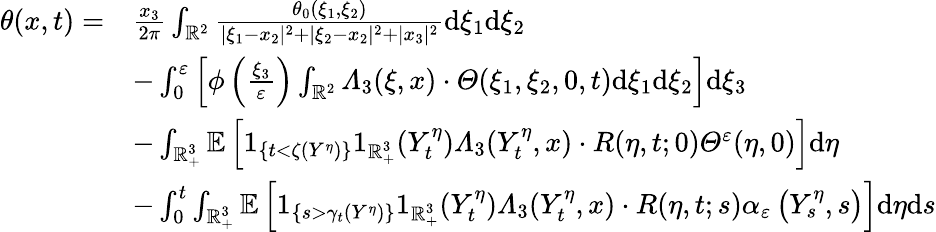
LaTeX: \begin{array}{rl}{\theta(x,t)=}&{\frac{x_{3}}{2\pi}\int_{\mathbb{R}^{2}}\frac{\theta_{0}(\xi_{1},\xi_{2})}{|\xi_{1}-x_{2}|^{2}+|\xi_{2}-x_{2}|^{2}+|x_{3}|^{2}}\mathrm{d}\xi_{1}\mathrm{d}\xi_{2}}\\ &{-\int_{0}^{\varepsilon}\left[\phi\left(\frac{\xi_{3}}{\varepsilon}\right)\int_{\mathbb{R}^{2}}\varLambda_{3}(\xi,x)\cdot\varTheta(\xi_{1},\xi_{2},0,t)\mathrm{d}\xi_{1}\mathrm{d}\xi_{2}\right]\mathrm{d}\xi_{3}}\\ &{-\int_{\mathbb{R}_{+}^{3}}\mathbb{E}\left[1_{\{ t<\zeta(Y^{\eta})\} }1_{\mathbb{R}_{+}^{3}}(Y_{t}^{\eta})\varLambda_{3}(Y_{t}^{\eta},x)\cdot R(\eta,t;0)\varTheta^{\varepsilon}(\eta,0)\right]\mathrm{d}\eta}\\ &{-\int_{0}^{t}\int_{\mathbb{R}_{+}^{3}}\mathbb{E}\left[1_{\left\{ s>\gamma_{t}(Y^{\eta})\right\} }1_{\mathbb{R}_{+}^{3}}(Y_{t}^{\eta})\varLambda_{3}(Y_{t}^{\eta},x)\cdot R(\eta,t;s)\alpha_{\varepsilon}\left(Y_{s}^{\eta},s\right)\right]\mathrm{d}\eta\mathrm{d}s}\end{array}